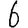
Digit: 6